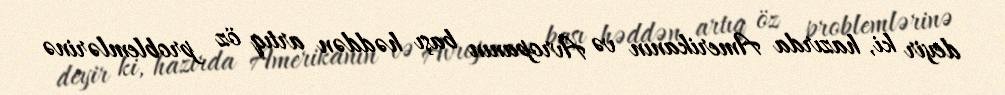
deyir ki, hazırda Amerikanın və Avropanın başı həddən artıq öz problemlərinə